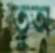
তুঅ